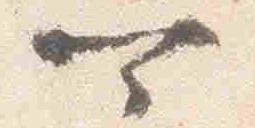
可